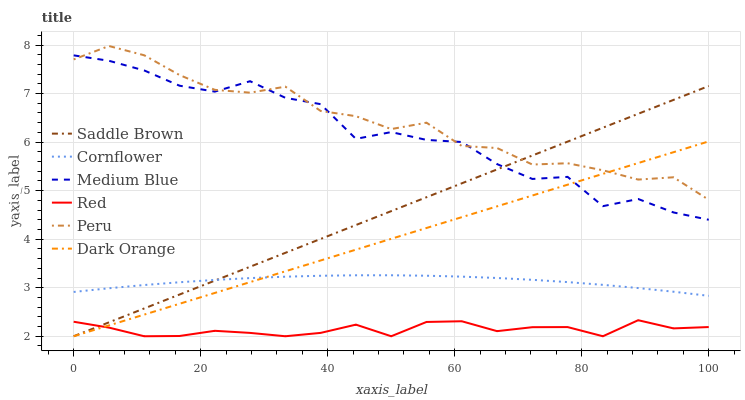
| xaxis_label | Saddle Brown | Cornflower | Medium Blue | Red | Peru | Dark Orange |
 | --- | --- | --- | --- | --- | --- | --- |
 | 0 | 2 | 2.91 | 7.79 | 2.3 | 7.7 | 2 |
 | 5.56 | 2.29 | 2.99 | 7.68 | 2.18 | 7.98 | 2.22 |
 | 11.1 | 2.57 | 3.06 | 7.48 | 2 | 7.79 | 2.45 |
 | 16.7 | 2.86 | 3.11 | 7.16 | 2.01 | 7.38 | 2.67 |
 | 22.2 | 3.15 | 3.16 | 7.04 | 2.11 | 7.08 | 2.89 |
 | 27.8 | 3.43 | 3.2 | 7.25 | 2.07 | 7.02 | 3.12 |
 | 33.3 | 3.72 | 3.23 | 6.91 | 2 | 7.14 | 3.34 |
 | 38.9 | 4 | 3.25 | 6.78 | 2.07 | 6.64 | 3.56 |
 | 44.4 | 4.29 | 3.26 | 6.07 | 2.24 | 6.53 | 3.78 |
 | 50 | 4.58 | 3.26 | 6.21 | 2 | 6.27 | 4.01 |
 | 55.6 | 4.86 | 3.25 | 6.05 | 2.29 | 6.4 | 4.23 |
 | 61.1 | 5.15 | 3.23 | 6 | 2.31 | 5.92 | 4.45 |
 | 66.7 | 5.44 | 3.2 | 5.55 | 2.11 | 5.88 | 4.68 |
 | 72.2 | 5.72 | 3.16 | 5.24 | 2.19 | 5.54 | 4.9 |
 | 77.8 | 6.01 | 3.12 | 5.28 | 2.19 | 5.56 | 5.12 |
 | 83.3 | 6.3 | 3.06 | 4.68 | 2 | 5.42 | 5.35 |
 | 88.9 | 6.58 | 2.99 | 4.83 | 2.33 | 5.23 | 5.57 |
 | 94.4 | 6.87 | 2.92 | 4.55 | 2.16 | 5.28 | 5.79 |
 | 100 | 7.16 | 2.83 | 4.4 | 2.19 | 4.81 | 6.01 |